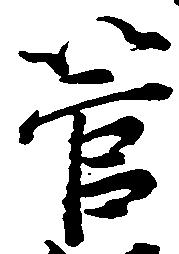
管